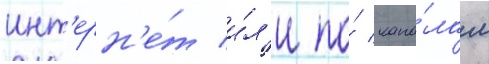
инт'ерн'е́т и́л'и по́ кана́лам